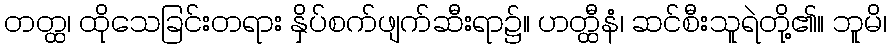
တတ္ထ၊ ထိုသေခြင်းတရား နှိပ်စက်ဖျက်ဆီးရာ၌။ ဟတ္ထီနံ၊ ဆင်စီးသူရဲတို့၏။ ဘူမိ၊